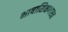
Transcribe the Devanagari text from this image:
भाषाशिक्षणासह